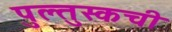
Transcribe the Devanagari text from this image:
पुल्तुस्कची